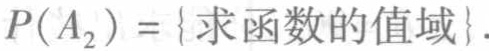
$P(A_{2}) = \{求函数的值域\}$